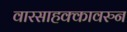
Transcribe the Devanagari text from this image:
वारसाहक्कावरुन